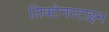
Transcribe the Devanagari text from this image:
लिक्टेनस्टाइन